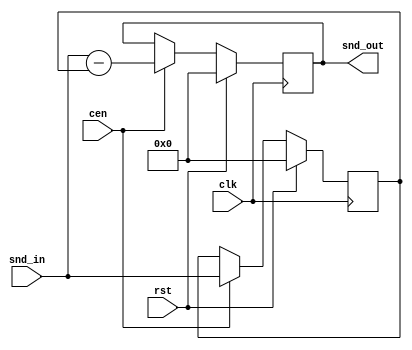
module jt12_comb #(parameter 
    w=16,   // bit width
    m=1     // depth of comb filter
)(
    input               rst,
    input               clk,
(* direct_enable *)    input cen,
    input  signed [w-1:0] snd_in,
    output reg signed [w-1:0] snd_out
);

wire signed [w-1:0] prev;

// m-delay stage
generate
    genvar k;
    reg signed [w-1:0] mem[0:m-1];
    assign prev=mem[m-1];
    for(k=0;k<m;k=k+1) begin : mem_gen
        always @(posedge clk)
            if(rst) begin
                mem[k] <= {w{1'b0}};
            end else if(cen) begin
                mem[k] <= k==0 ? snd_in : mem[k-1];
            end
    end
endgenerate

// Comb filter at synthesizer sampling rate
always @(posedge clk)
    if(rst) begin
        snd_out <= {w{1'b0}};
    end else if(cen) begin
        snd_out <= snd_in - prev;
    end

endmodule